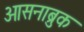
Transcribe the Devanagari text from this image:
ओसनाब्रुक